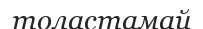
толастамай